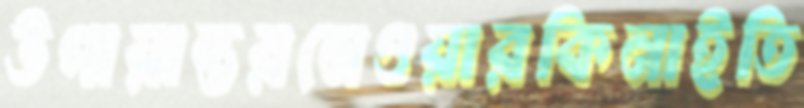
উপায়ান্তরনেওয়ারকিনাইতি